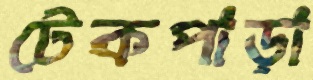
টেকপাড়া